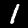
Label: 1